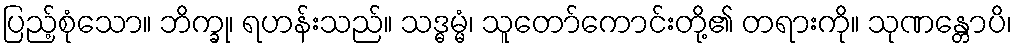
ပြည့်စုံသော။ ဘိက္ခု၊ ရဟန်းသည်။ သဒ္ဓမ္မံ၊ သူတော်ကောင်းတို့၏ တရားကို။ သုဏန္တောပိ၊